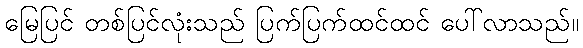
မြေပြင် တစ်ပြင်လုံးသည် ပြက်ပြက်ထင်ထင် ပေါ်လာသည်။